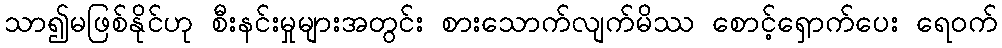
သာ၍မဖြစ်နိုင်ဟု စီးနင်းမှုများအတွင်း စားသောက်လျက်မိဿ စောင့်ရှောက်ပေး ရေဝက်